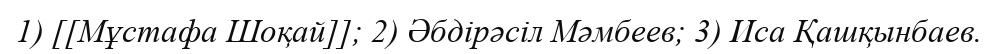
1) [[Мұстафа Шоқай]]; 2) Әбдірәсіл Мәмбеев; 3) Иса Қашқынбаев.